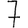
Digit: 7